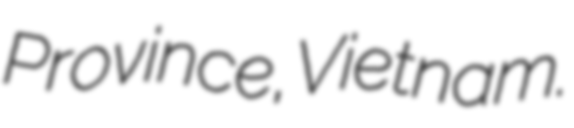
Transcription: Province, Vietnam.